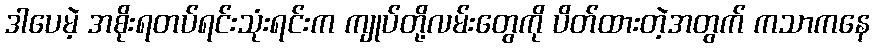
ဒါပေမဲ့ အစိုးရတပ်ရင်းသုံးရင်းက ကျုပ်တို့လမ်းတွေကို ပိတ်ထားတဲ့အတွက် ကသာကနေ